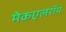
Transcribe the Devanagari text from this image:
मेकएलरॉय